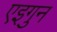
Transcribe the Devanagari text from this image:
एइगुन